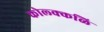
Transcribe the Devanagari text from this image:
कोल्क्कळि